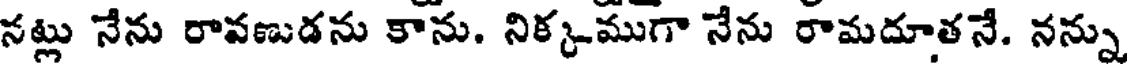
నట్లు నేను రావణుడను కాను. నిక్కముగా నేను రామదూతనే. నన్ను